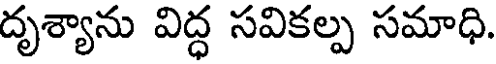
దృశ్యాను విద్ధ సవికల్ప సమాధి.